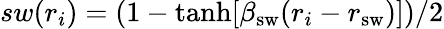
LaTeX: sw(r_{i})=(1-\operatorname{tanh}[\beta_{\mathrm{sw}}(r_{i}-r_{\mathrm{sw}})])/2